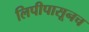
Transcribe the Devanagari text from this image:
लिपीपासूनच